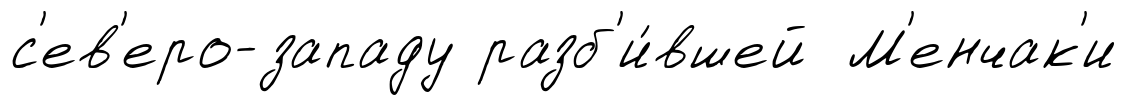
с'ев'еро-западу разб'и́вшей М'енчак'и